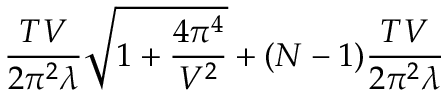
\frac { T V } { 2 \pi ^ { 2 } \lambda } \sqrt { 1 + \frac { 4 \pi ^ { 4 } } { V ^ { 2 } } } + ( N - 1 ) \frac { T V } { 2 \pi ^ { 2 } \lambda }